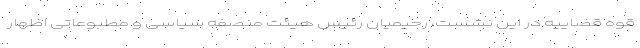
قوه قضاییه در این نشست، رحیمیان رئیس هیئت منصفه سیاسی و مطبوعاتی اظهار